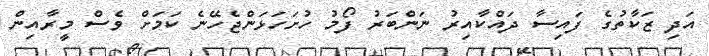
އަދި ޒަކާތުގެ ފައިސާ ދައްކާއިރު ނަންބަރު ފޯމު ހުށަހަޅަންޖެހޭނެ ކަމަށް ވެސް މީރާއިން